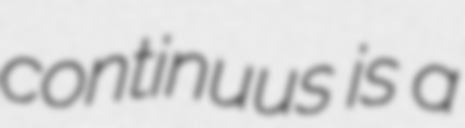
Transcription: continuus is a